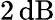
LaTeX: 2\, \mathrm{dB}